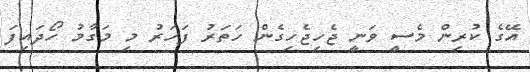
އޭގެ ކުރިން މެސީ ވަނީ ޖެހިޖެހިގެން ހަތަރު ފަހަރު މި މަގާމު ހޯދައިފަ